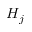
H _ { j }